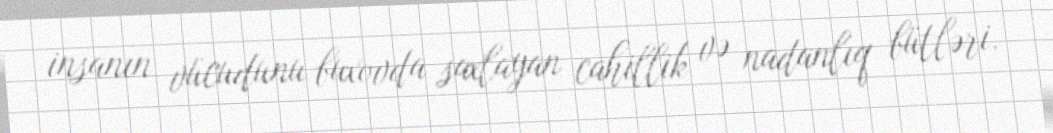
insanın vücudunu buxovda saxlayan cahillik və nadanlıq bütləri.